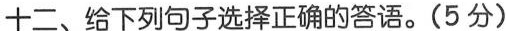
十二、给下列句子选择正确的答语.(5 分)